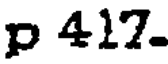
p 417.